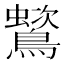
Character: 𪅵